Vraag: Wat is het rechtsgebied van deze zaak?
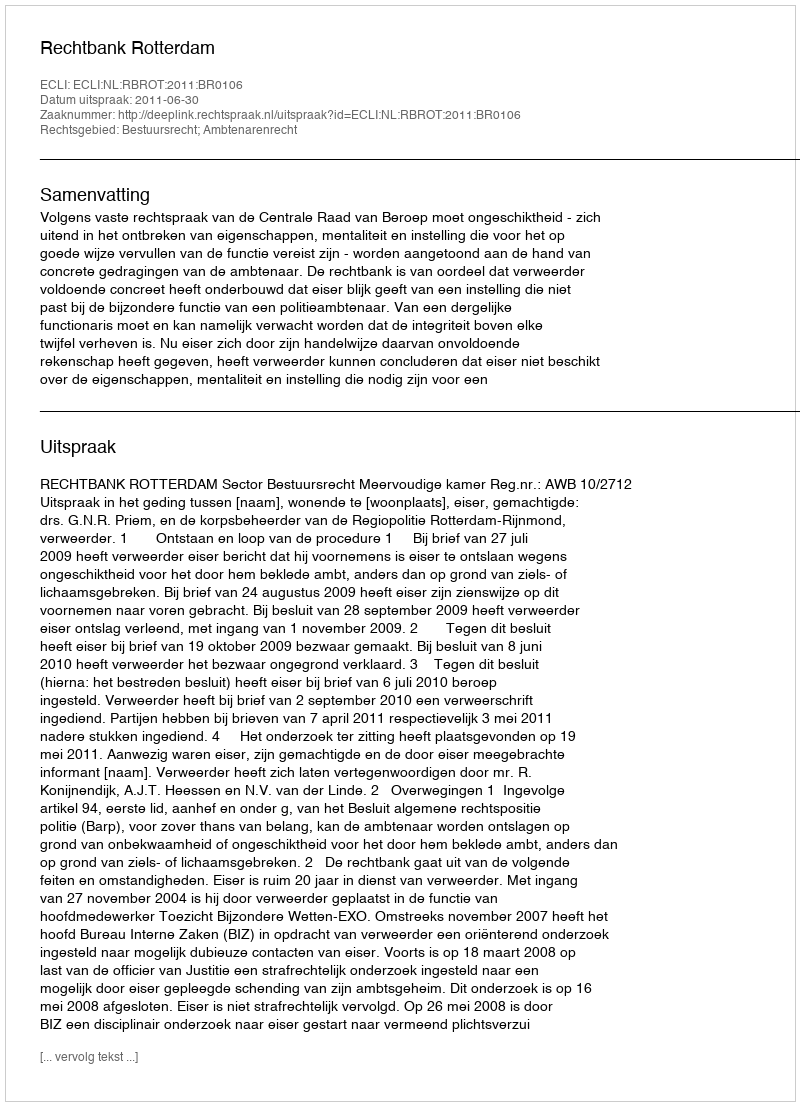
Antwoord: Bestuursrecht; Ambtenarenrecht